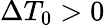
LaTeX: \Delta T_{0}>0